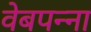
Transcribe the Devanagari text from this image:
वेबपन्ना